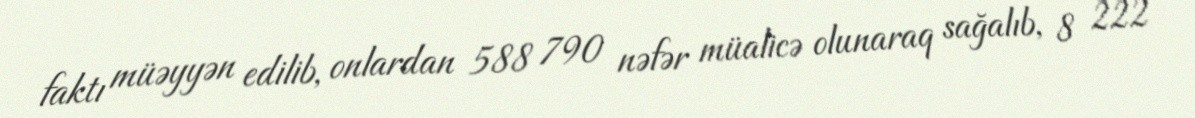
faktı müəyyən edilib, onlardan 588 790 nəfər müalicə olunaraq sağalıb, 8 222